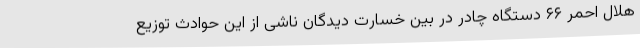
هلال احمر ۶۶ دستگاه چادر در بین خسارت دیدگان ناشی از این حوادث توزیع